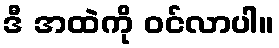
ဒီ အထဲကို ဝင်လာပါ။